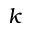
k